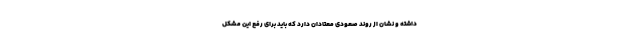
داشته و نشان از روند صعودی معتادان دارد که باید برای رفع این مشکل